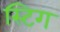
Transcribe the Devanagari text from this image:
स्टिग